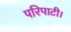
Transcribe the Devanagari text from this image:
परिपाटी।